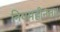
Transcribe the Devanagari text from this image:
नियमहीनता।